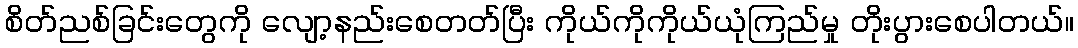
စိတ်ညစ်ခြင်းတွေကို လျော့နည်းစေတတ်ပြီး ကိုယ်ကိုကိုယ်ယုံကြည်မှု တိုးပွားစေပါတယ်။